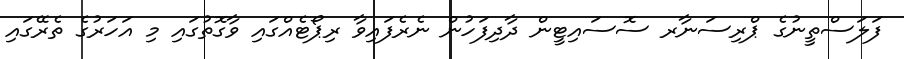
ފަލަސްތީނުގެ ޕްރިސަނާރ ސޮސައިޓީން ދާދިފަހުން ނެރެފައިވާ ރިޕޯޓެއްގައި ވާގޮތުގައި މި އަހަރުގެ ތެރޭގައި